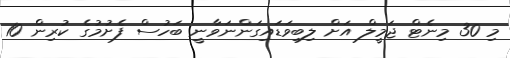
މި 30 މިނެޓް ޖަމީލް އަށް ލިބިވަޑައިގަންނަވާނީ ބަހުސް ފެށުމުގެ ކުރިން 10